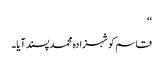
‘‘
قاسم کو شہزادہ محمد پسند آیا۔